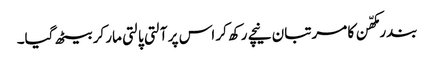
بندر مکھّن کا مرتبان نیچے رکھ کر اس پر آلتی پالتی مار کر بیٹھ گیا۔